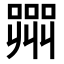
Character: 𭊲